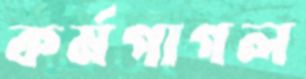
কর্মপাগল